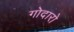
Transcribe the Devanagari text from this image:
गोदारो